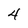
Character: 4